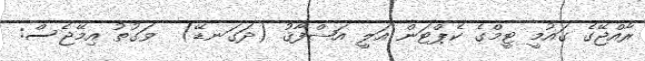
ރާއްޖޭގެ ގައުމީ ޓީމްގެ ކެޕްޓަން އަލީ އަޝްފާޤު (ދަގަނޑޭ)  ވަގުތު އިމޭޖެސް: